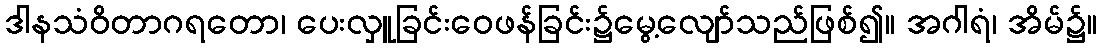
ဒါနသံဝိတာဂရတော၊ ပေးလှူခြင်းဝေဖန်ခြင်း၌မွေ့လျော်သည်ဖြစ်၍။ အဂါရံ၊ အိမ်၌။